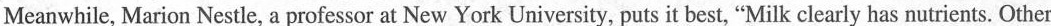
Meanwhile, Marion Nestle, a professor at New York University, puts it best,"Milk clearly has nutrients. Other